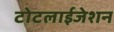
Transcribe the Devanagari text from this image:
टोटलाईजेशन